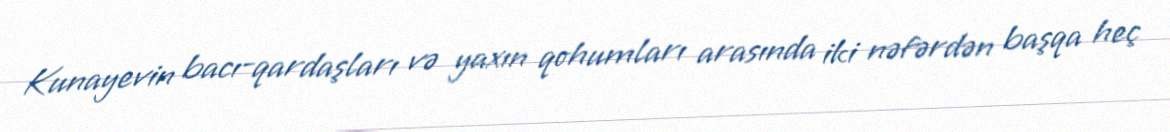
Kunayevin bacı-qardaşları və yaxın qohumları arasında iki nəfərdən başqa heç